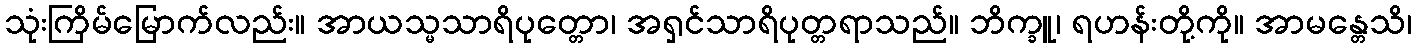
သုံးကြိမ်မြောက်လည်း။ အာယသ္မသာရိပုတ္တော၊ အရှင်သာရိပုတ္တရာသည်။ ဘိက္ခူ၊ ရဟန်းတို့ကို။ အာမန္တေသိ၊